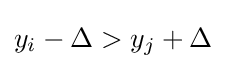
y_{i}-\Delta >y_{j}+\Delta